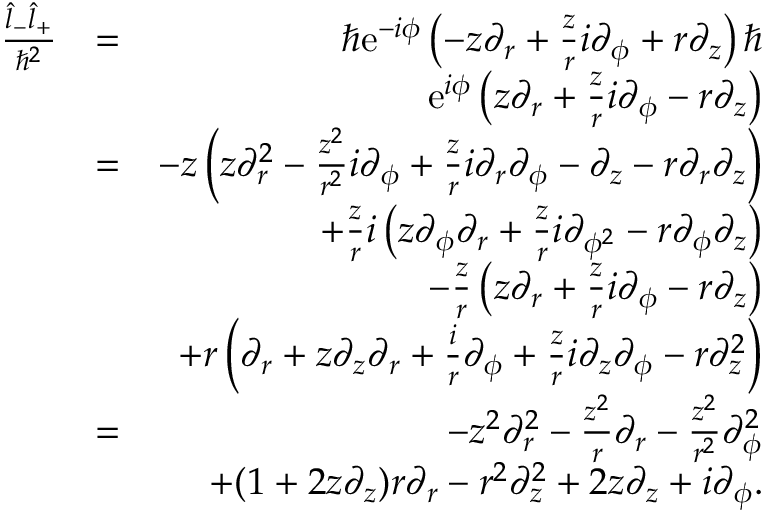
\begin{array} { r l r } { \frac { \hat { l } _ { - } \hat { l } _ { + } } { \hbar ^ { 2 } } } & { = } & { \hbar \mathrm { e } ^ { - i \phi } \left( - z \partial _ { r } + \frac { z } { r } i \partial _ { \phi } + r \partial _ { z } \right) \hbar } \\ & { } & { \mathrm { e } ^ { i \phi } \left( z \partial _ { r } + \frac { z } { r } i \partial _ { \phi } - r \partial _ { z } \right) } \\ & { = } & { - z \left( z \partial _ { r } ^ { 2 } - \frac { z ^ { 2 } } { r ^ { 2 } } i \partial _ { \phi } + \frac { z } { r } i \partial _ { r } \partial _ { \phi } - \partial _ { z } - r \partial _ { r } \partial _ { z } \right) } \\ & { } & { + \frac { z } { r } i \left( z \partial _ { \phi } \partial _ { r } + \frac { z } { r } i \partial _ { \phi ^ { 2 } } - r \partial _ { \phi } \partial _ { z } \right) } \\ & { } & { - \frac { z } { r } \left( z \partial _ { r } + \frac { z } { r } i \partial _ { \phi } - r \partial _ { z } \right) } \\ & { } & { + r \left( \partial _ { r } + z \partial _ { z } \partial _ { r } + \frac { i } { r } \partial _ { \phi } + \frac { z } { r } i \partial _ { z } \partial _ { \phi } - r \partial _ { z } ^ { 2 } \right) } \\ & { = } & { - z ^ { 2 } \partial _ { r } ^ { 2 } - \frac { z ^ { 2 } } { r } \partial _ { r } - \frac { z ^ { 2 } } { r ^ { 2 } } \partial _ { \phi } ^ { 2 } } \\ & { } & { + ( 1 + 2 z \partial _ { z } ) r \partial _ { r } - r ^ { 2 } \partial _ { z } ^ { 2 } + 2 z \partial _ { z } + i \partial _ { \phi } . } \end{array}